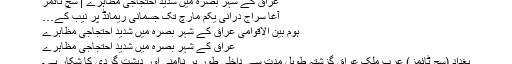
عراق کے شہر بصرہ میں شدید احتجاجی مظاہرے | سچ ٹائمز
آغا سراج درانی یکم مارچ تک جسمانی ریمانڈ پر نیب کے…
ہوم بین الاقوامی عراق کے شہر بصرہ میں شدید احتجاجی مظاہرے
عراق کے شہر بصرہ میں شدید احتجاجی مظاہرے
بغداد (سچ ٹائمز) عرب ملک عراق گزشتہ طویل مدت سے داخلی طور پر ناامنی اور دہشت گردی کا شکار ہے۔